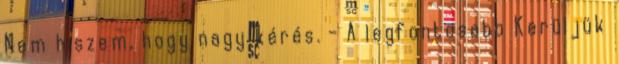
Nem hiszem, hogy nagy kérés. - A legfontosabb Kerüljük